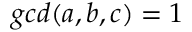
g c d ( a , b , c ) = 1